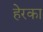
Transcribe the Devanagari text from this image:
हेरका